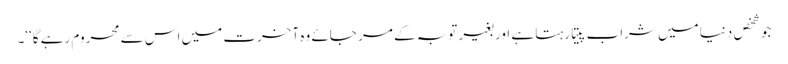
جو شخص دنیا میں شراب پیتا رہتا ہے اور بغیر توبہ کے مر جائے وہ آخرت میں اس سے محروم رہے گا‘‘۔